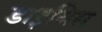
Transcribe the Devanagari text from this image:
डाइविस